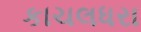
કાચલધરા